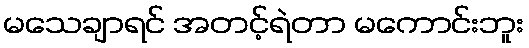
မသေချာရင် အတင့်ရဲတာ မကောင်းဘူး